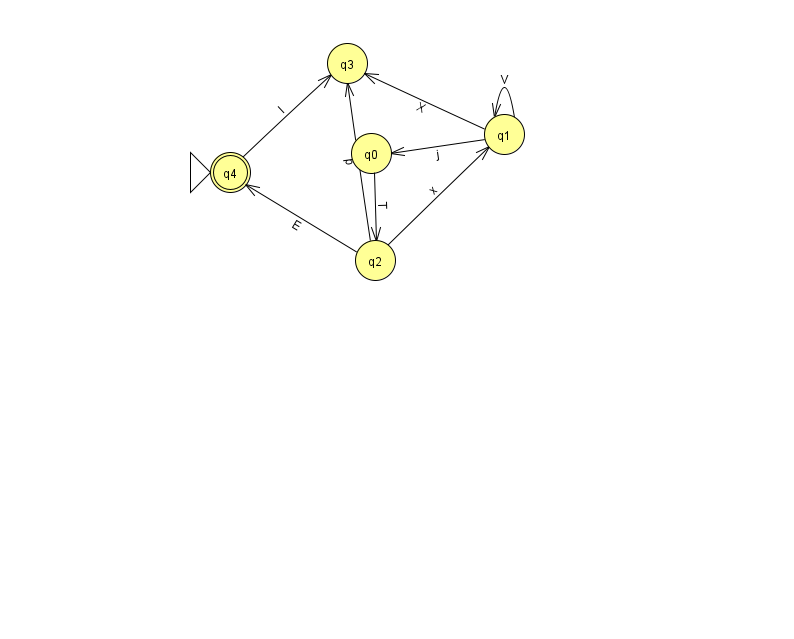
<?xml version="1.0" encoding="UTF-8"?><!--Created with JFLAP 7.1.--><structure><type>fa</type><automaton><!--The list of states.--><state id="0" name="q0"><x>371.0</x><y>140.0</y></state><state id="1" name="q1"><x>504.0</x><y>121.0</y></state><state id="2" name="q2"><x>375.0</x><y>247.0</y></state><state id="3" name="q3"><x>347.0</x><y>50.0</y></state><state id="4" name="q4"><x>230.0</x><y>159.0</y><initial/><final/></state><!--The list of transitions.--><transition><from>2</from><to>3</to><read>p</read></transition><transition><from>2</from><to>4</to><read>E</read></transition><transition><from>1</from><to>0</to><read>j</read></transition><transition><from>1</from><to>1</to><read>V</read></transition><transition><from>0</from><to>2</to><read>T</read></transition><transition><from>2</from><to>1</to><read>x</read></transition><transition><from>1</from><to>3</to><read>X</read></transition><transition><from>4</from><to>3</to><read>l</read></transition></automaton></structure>